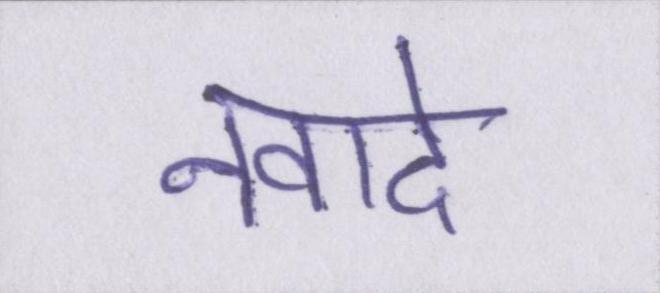
नवादे